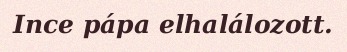
Ince pápa elhalálozott.